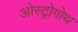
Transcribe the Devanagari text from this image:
ओस्ट्रोगोथ